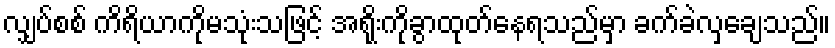
လျှပ်စစ် ကိရိယာကိုမသုံးသဖြင့် အရိုးကိုခွာထုတ်နေရသည်မှာ ခက်ခဲလှချေသည်။